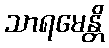
သာရမေန္တိ